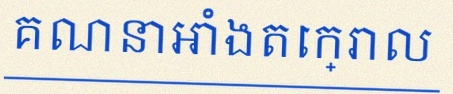
គណនាអាំងតេក្រាល